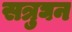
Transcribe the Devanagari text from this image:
सत्रुघन